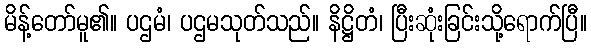
မိန့်တော်မူ၏။ ပဌမံ၊ ပဌမသုတ်သည်။ နိဋ္ဌိတံ၊ ပြီးဆုံးခြင်းသို့ရောက်ပြီ။